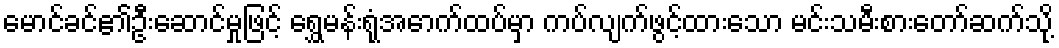
မောင်ခင်၏ဦးဆောင်မှုဖြင့် ရွှေမန်းရုံအောက်ထပ်မှာ ကပ်လျက်ဖွင့်ထားသော မင်းသမီးစားတော်ဆက်သို့